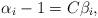
LaTeX: \begin{align*} \alpha_i-1=C \beta_i,\quad\end{align*}